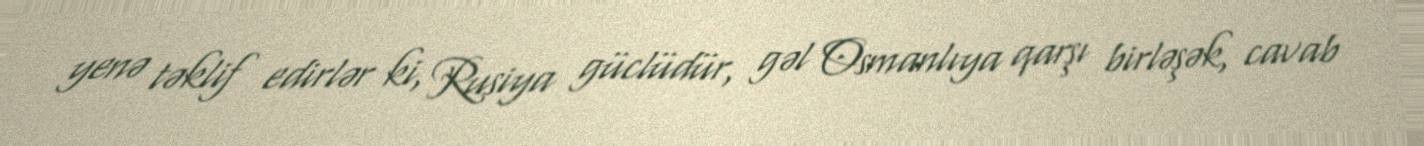
yenə təklif edirlər ki, Rusiya güclüdür, gəl Osmanlıya qarşı birləşək, cavab